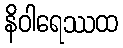
နိဝါရေဿထ